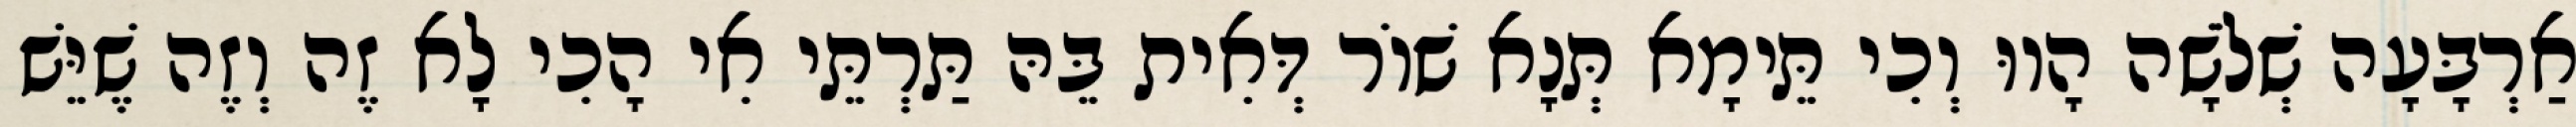
אַרְבָּעָה שְׁלֹשָׁה הָווּ וְכִי תֵּימָא תְּנָא שׁוֹר דְּאִית בֵּהּ תַּרְתֵּי אִי הָכִי לָא זֶה וְזֶה שֶׁיֵּשׁ